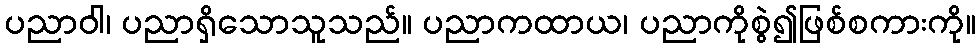
ပညာဝါ၊ ပညာရှိသောသူသည်။ ပညာကထာယ၊ ပညာကိုစွဲ၍ဖြစ်စကားကို။